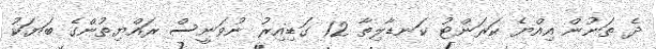
ދެ ތަނުން އިއްޔެ ކަރަންޓު ކަނޑާލިތާ 12 ގަޑިއިރު ނުވަނީސް ރައްޔިތުންގެ ބަޔަކު